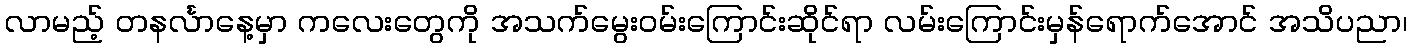
လာမည့် တနင်္လာနေ့မှာ ကလေးတွေကို အသက်မွေးဝမ်းကြောင်းဆိုင်ရာ လမ်းကြောင်းမှန်ရောက်အောင် အသိပညာ၊